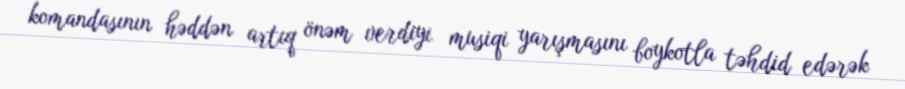
komandasının həddən artıq önəm verdiyi musiqi yarışmasını boykotla təhdid edərək